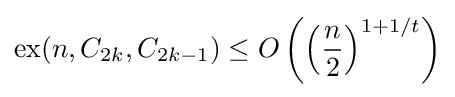
\operatorname {ex} (n,C_{2k},C_{2k-1})\leq O\left(\left({\frac {n}{2}}\right)^{1+1/t}\right)